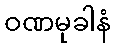
ဝဏမုခါနံ